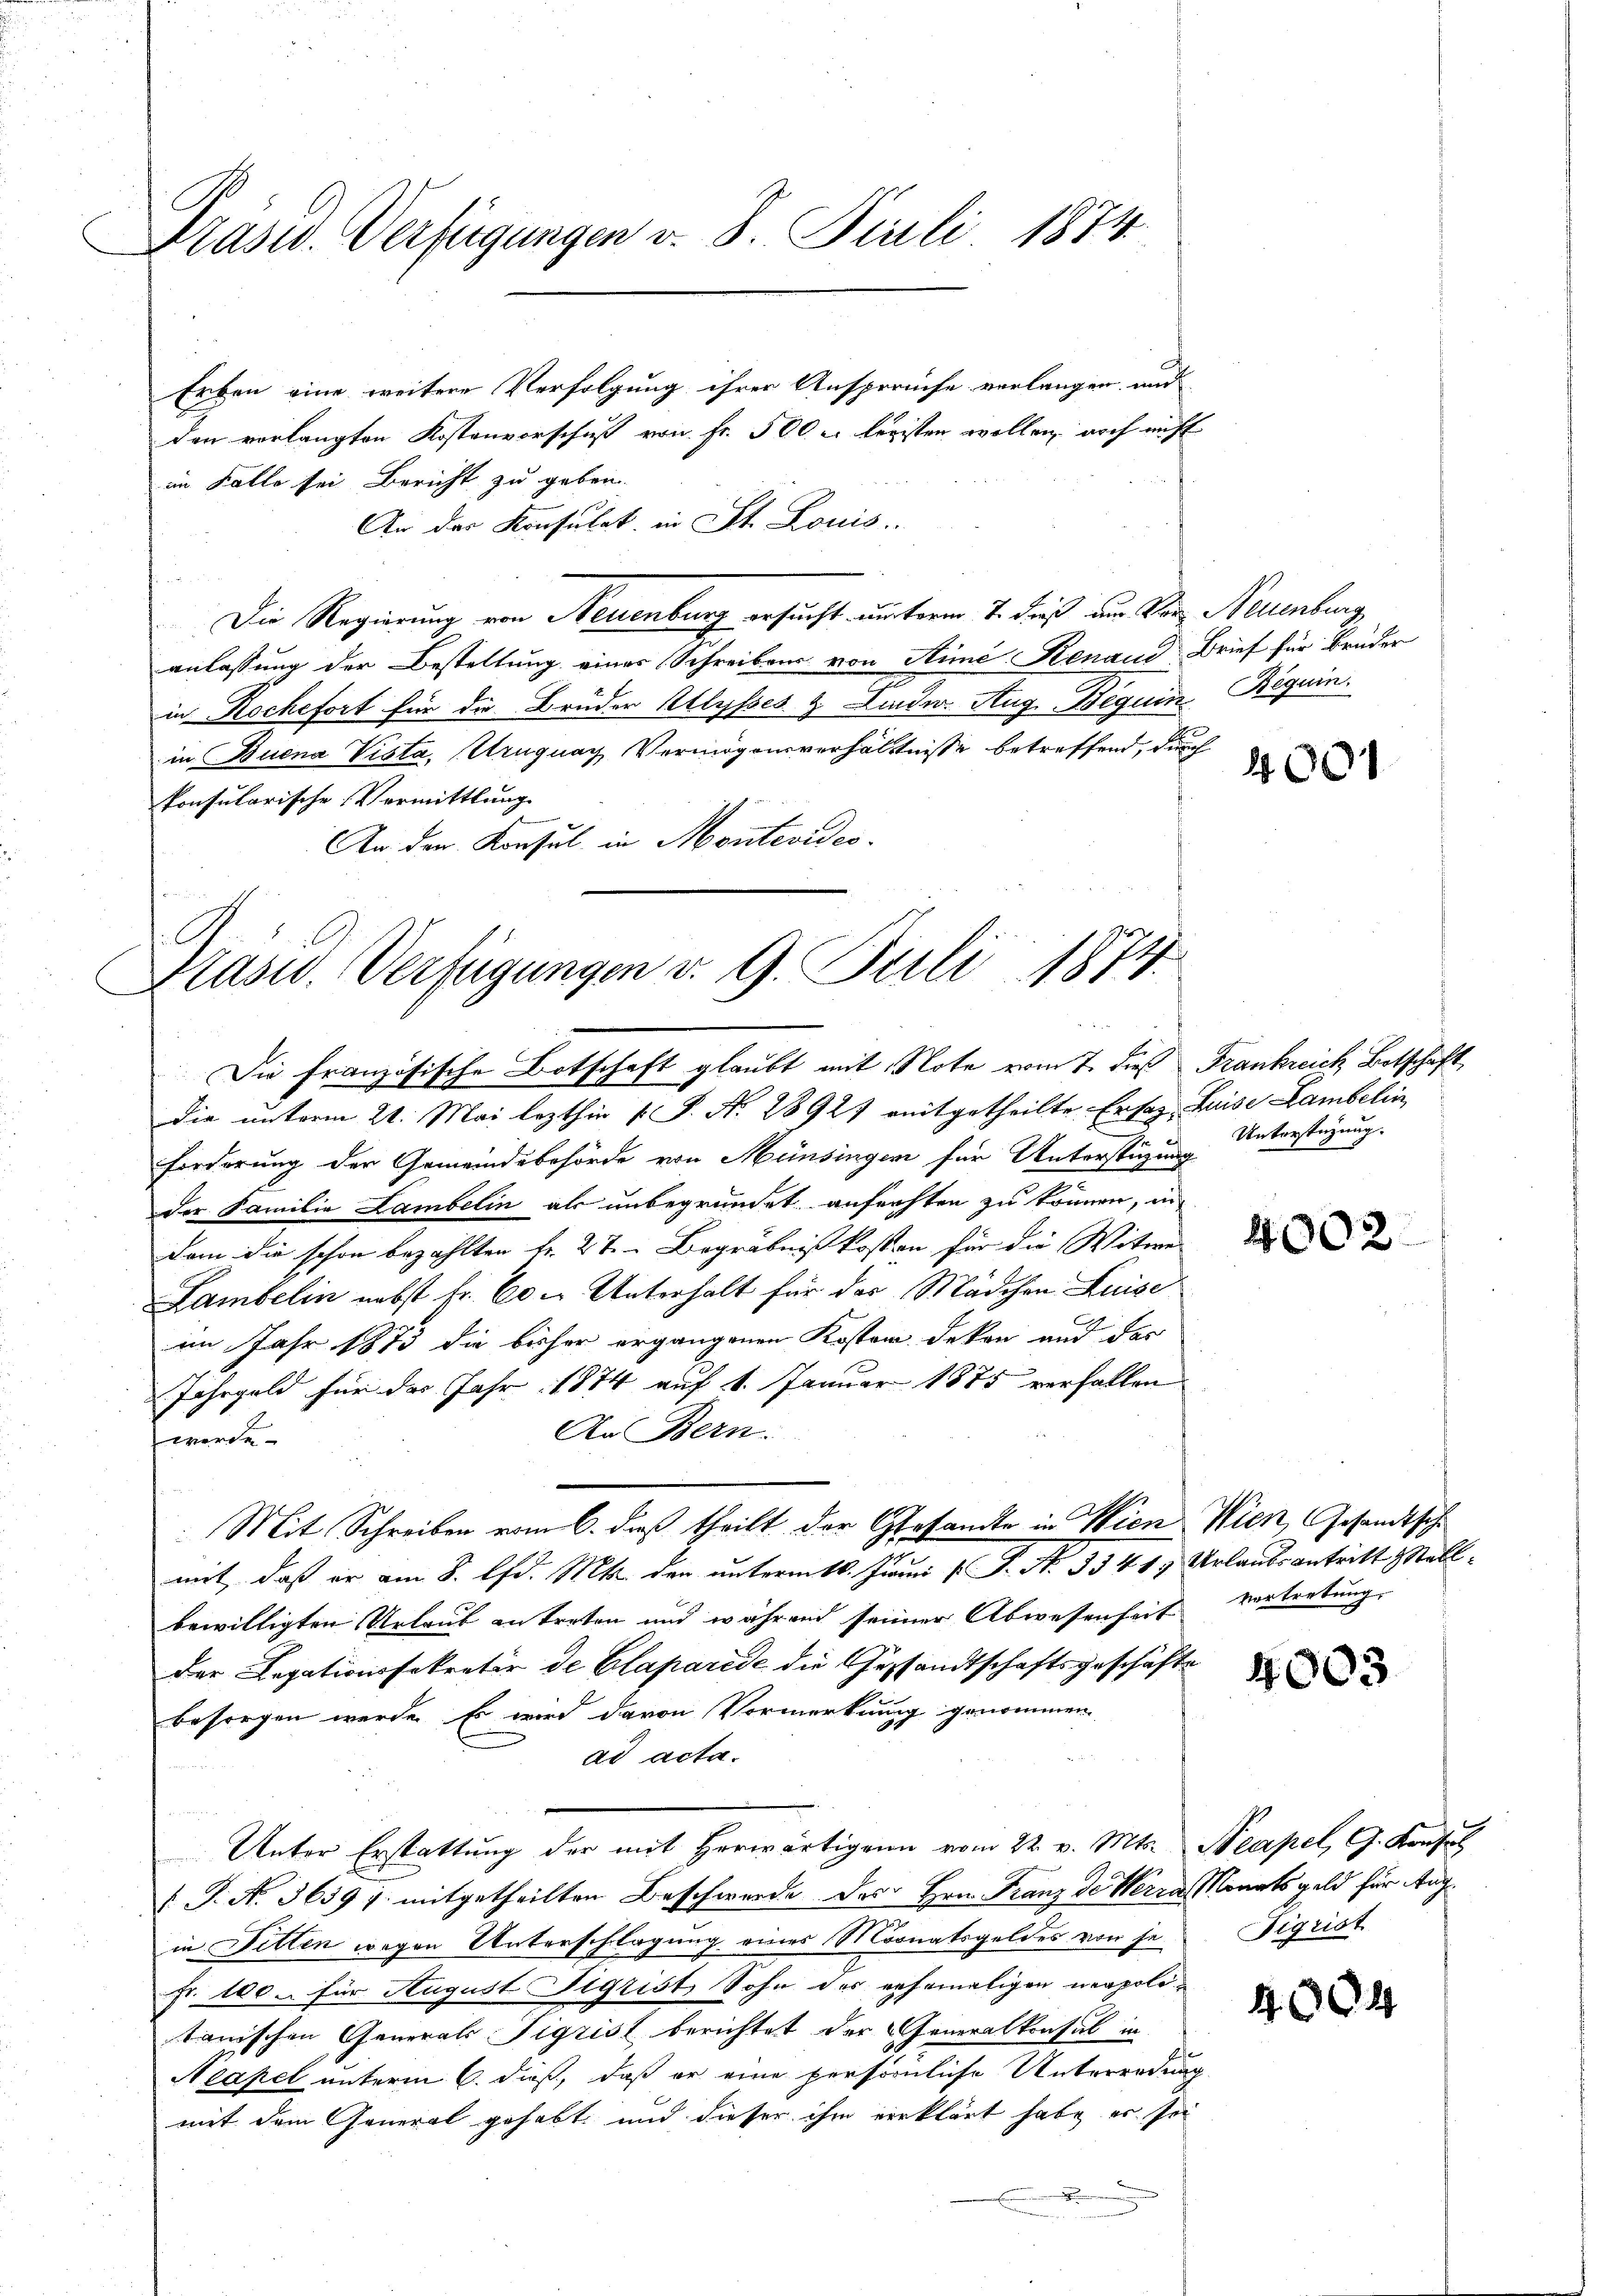
Präsid. Verfügungen v. S. Pauli 1874.

Erben eine weitere Verfolgung ihrer Anspruche verlangen, und
den vorlangten Kostenvorschuß von Fr. 500 u. legisten wollen, noch nicht
im Falle sei Bericht zu geben.
An der Konsulat in St. Louis
Die Regierung von Neuenburg ersucht unterm 7. dieß zur Vor Neuenburg,
anlassung der Bestellung eines Schreibens von Stime Renaud Brief für Brüder
in Rochefort für die Brüder Allysses & Linder. Aug. Beguin Beguin
in Buena Vista, Uruguay Vermögensverhältnisse betreffend, durch
konsularische Vermittlung
An der Konsul in Montevides
6

Präsid. Verfügungen v. 9. Juli 1874.
Die französische Botschaft glaubt mit Note vom 7. dieß Frankreich Botschaft

die unterm 21. Mai lezthin 1 S. Nr. 28927 mitgetheilte Ersag Luise Lambelin
forderung der Gemeindebehörde von Münsingen für Unterstüzung
der Familie Lambelin als unbegründet anfechten zu können, in
dem die schon bezahlten Fr. 27. Begräbnißkosten für die Witwe
Lambelin nebst fr. Co. Unterhalt für das Mädchen Luise
im Jahr 1873 die bisher ergangenen Koster dekon und der
Jahrgeld für der Jahr 1874 auf 1. Januar 1875 verfallen
An Bern.
werde
Mit Schreiben vom 6. daß theilt der Gesandte in Wien Wien, Gesandtsch
mit, daß er am 8. d. Mts. den unterm 10. Juni l. J. N. 334 19 Urlaubs antritt Stallbewilligten Urlaub antreten und während seiner Abwesenheit vertretung,
der Legationsfekretir de Claparie die Gesandtschaftsgeschäfte
besorgen werde. Es wird davon Vormerkung genommen.
ad acta.
Unter Erstattung der mit herwärtigen vom 22. v. Mts. Neapel, G. Konsul
J. A. 3639 f. mitgetheilten Beschwerde des Hrn. Franz de Werra Monats geld für Aug
in Ditten wegen Unterschlagung eines Monatsgeldes von je
Fr. 100. für August Sigrist Sohn des gehemaligen neapolitanischen Generals Sigrist berichtet der Generalkonsul in
Neapel unterm 6. dieß, daß er eine persönliche Unterredung
mit dem General gehabt und dieser ihm verklärt habe, es sei

4001

Unterstüzung.

4002

4003

Sigrist

404